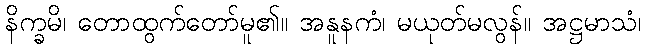
နိက္ခမိ၊ တောထွက်တော်မူ၏။ အနူနကံ၊ မယုတ်မလွန်။ အဋ္ဌမာသံ၊